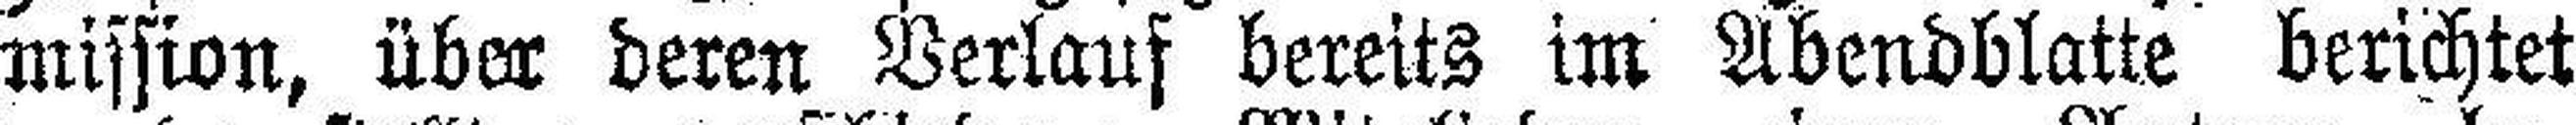
mission, über deren Verlauf bereits im Abendblatte berichtet